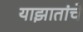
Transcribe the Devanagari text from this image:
याझातांचे